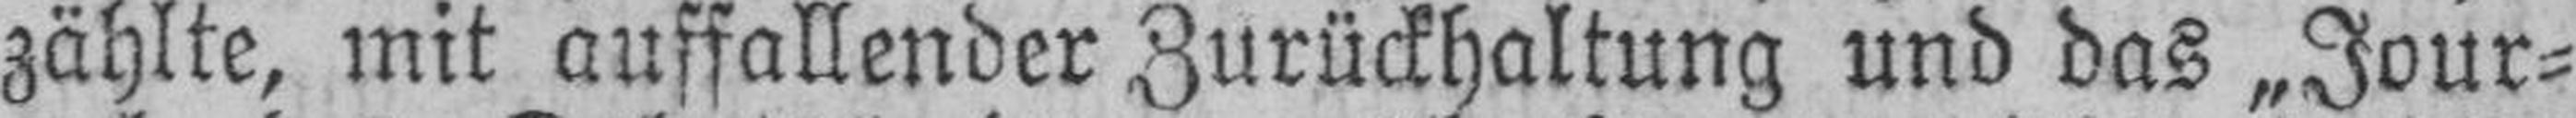
zählte, mit auffallender Zurückhaltung und das „Jour¬